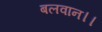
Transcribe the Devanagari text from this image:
बलवान।।